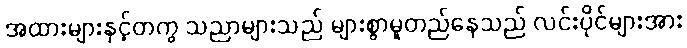
အထားများနှင့်တကွ သညာများသည် များစွာမူတည်နေသည် လင်းပိုင်များအား